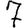
Digit: 7